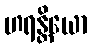
ဟရန္တိယော